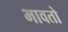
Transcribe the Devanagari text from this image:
भावतो